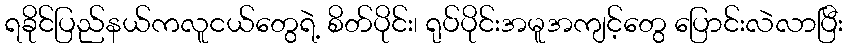
ရခိုင်ပြည်နယ်ကလူငယ်တွေရဲ့ စိတ်ပိုင်း၊ ရုပ်ပိုင်းအမူအကျင့်တွေ ပြောင်းလဲလာပြီး